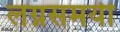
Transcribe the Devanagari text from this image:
लग्नसमयी